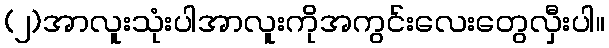
(၂)အာလူးသုံးပါအာလူးကိုအကွင်းလေးတွေလှီးပါ။